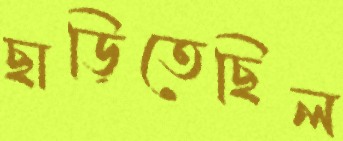
ছাড়িতেছিল